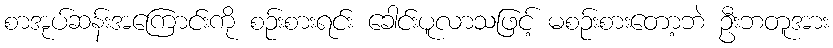
စာအုပ်ဆန်းအကြောင်းကို စဉ်းစားရင်း ခေါင်းပူလာသဖြင့် မစဉ်းစားတော့ဘဲ ဦးဘတူအား